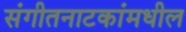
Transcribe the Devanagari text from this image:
संगीतनाटकांमधील